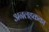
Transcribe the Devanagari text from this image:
अनलहकका